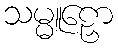
သမ္မူဠှော